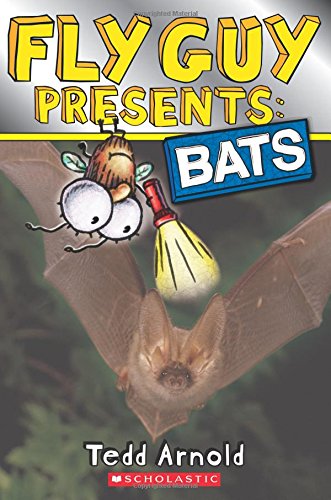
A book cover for Fly Guy Presents: Bats; Tedd Arnold; Children's Books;